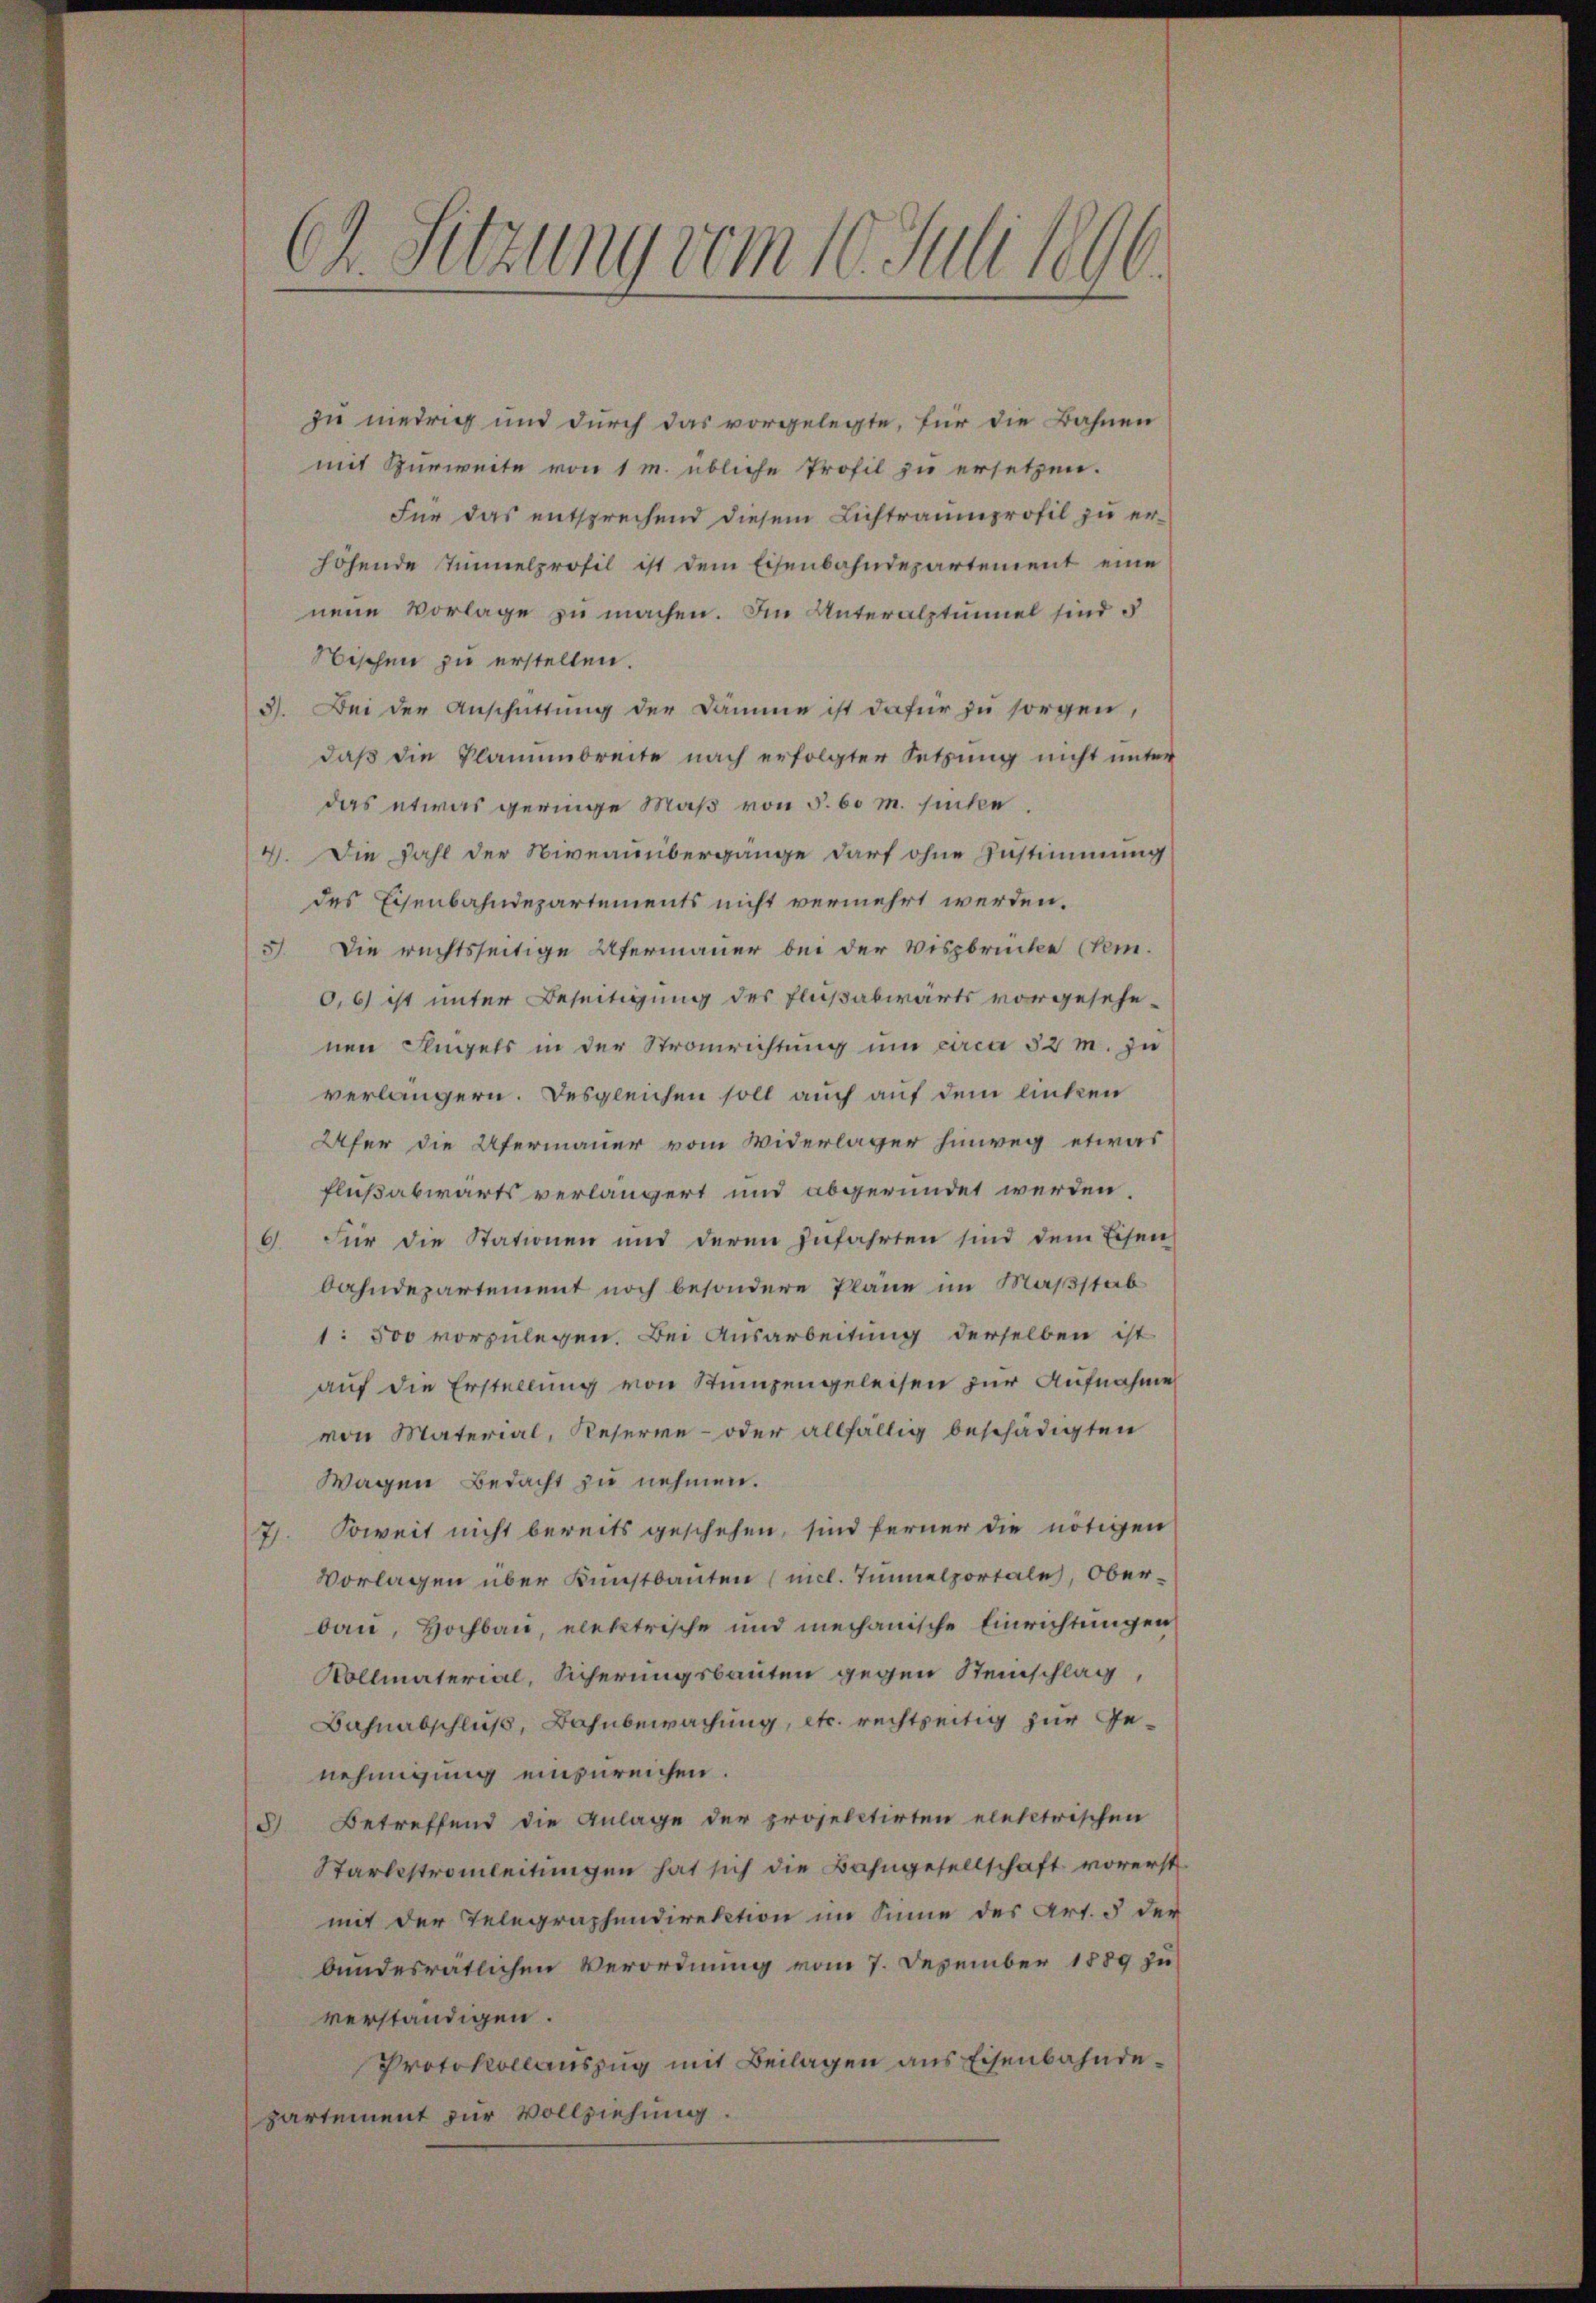
zu niedrig und durch das vorgelegte, für die Bahnen
mit Zurweite von 1 m übliche Profil zu ersetzen.
Für das entsprechend diesem Lichtraumprofil zu erhöhende Tunnelprofil ist dem Eisenbahndepartement eine
nene Vorlage zu machen. Im Unteralptinuel sind s
Nischen zu erstellen.
3). Bei der Anschüttung der Dämme ist dafür zu sorgen,
daβ die Klammbreite nach erfolgter Setzung nicht unter
das etwas geringe Maß von §. 60 m. suche.
4. Die Fahl der Niveauübergänge darf ohne Zustimmung
des Eisenbahndepartements nicht vermehrt werden.
3. Die rechtsseitige Ufermauer bei der Vispbrücke (Vem.
0,6) ist unter Beseitigung des Flußabwärts vorgesehe-
nen Flügels in der Stranrichtung um circa 52 m. zu
verlängern. Desgleichen soll auch auf dem linken
Ufer die Ufermauer vom Widerlager hinweg etwas
flußabwärts verlängert und abgeründet werden.
6. Für die Stationen und deren zufahrten sind dem Eisen
bahndepartement noch besondere Pläne im Maßstab
1: 500 vorzulegen. Bei Ausarbeitung derselben ist
auf die Erstellung von Stumpengeleisen zur Aufnahme
von Material, Reserve- oder allfällig beschädigten
Wagen Bedacht zu nehmen.
7). Soweit nicht bereits geschehen, sind ferner die nötigen
Vorlagen über Kunstbauten (micl. Tunnelportale, Oberbau, Hochbau, elektrische und mechanische Einrichtungen
Vollmaterial, Sicherungsbauten gegen Steinschlag,
Bahnabschluß, Bahnbewachung, etc. rechtseitig zur Genehmigung einzureichen.
3) Betreffend die Anlage der projeletirten elektrischen
Starlistromleitungen hat sich die Bahngesellschaft vorerst
mit der Telegraphendirektion im Sinne des Art. 5 der
bundesrätlichen Verordnung vom 7. Dezember 1889 zu
verständigen.
Protokollauszug mit Beilagen aus Eisenbahndepartement zur Vollziehung.

Ch. Setzung vom 10. Juli 1896.